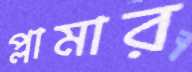
প্লামার